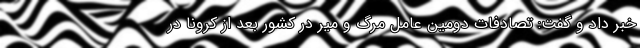
خبر داد و گفت: تصادفات دومین عامل مرگ و میر در کشور بعد از کرونا در